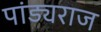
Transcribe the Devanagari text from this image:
पांड्यराज